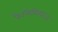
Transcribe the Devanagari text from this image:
फैलिमियरज़